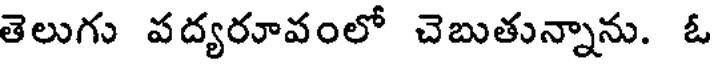
తెలుగు వద్యరూవంలో చెబుతున్నాను. ఓ